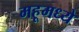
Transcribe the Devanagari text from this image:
महूमध्ये